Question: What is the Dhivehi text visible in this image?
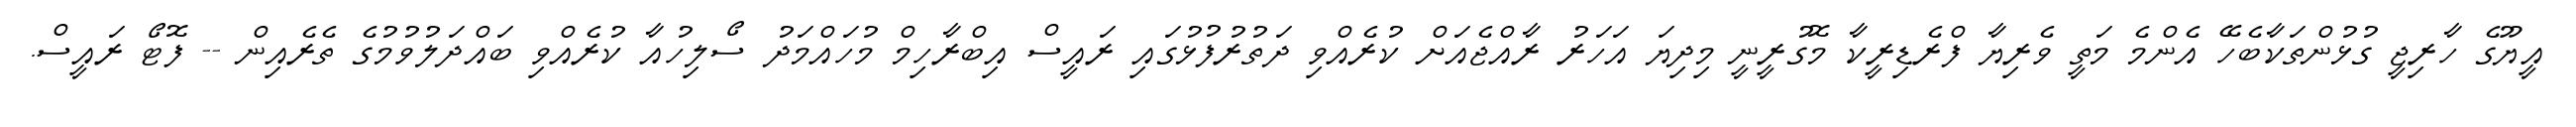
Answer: އީޔޫގެ ހާރިޖީ ގުޅުންތަކާބެހޭ އެންމެ މަތީ ވެރިޔާ ފްރެޑިރީކާ މޮގުރީނީ މިދިޔަ އަހަރު ރާއްޖެއަށް ކުރެއްވި ދަތުރުފުޅުގައި ރައީސް އިބްރާހިމް މުހައްމަދު ސޯލިހުއާ ކުރެއްވި ބައްދަލުވުމުގެ ތެރެއިން -- ފޮޓޯ ރައީސް.